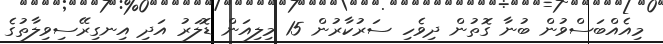
މިއެއްބަސްވުން ބުނާ ގޮތުން ދިވެހި ސަރުކާރުން 15 މިލިއަން ޑޮލަރު އަދި އިނގިރޭސިވިލާތުގެ